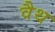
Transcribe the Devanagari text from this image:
वैथ